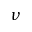
\nu